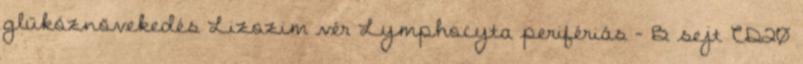
glükóznövekedés Lizozim vér Lymphocyta perifériás - B sejt CD20